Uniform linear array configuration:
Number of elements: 4
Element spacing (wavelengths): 1
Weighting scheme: binomial
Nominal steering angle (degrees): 60
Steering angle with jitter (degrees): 61.185
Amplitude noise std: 0.05
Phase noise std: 0.05

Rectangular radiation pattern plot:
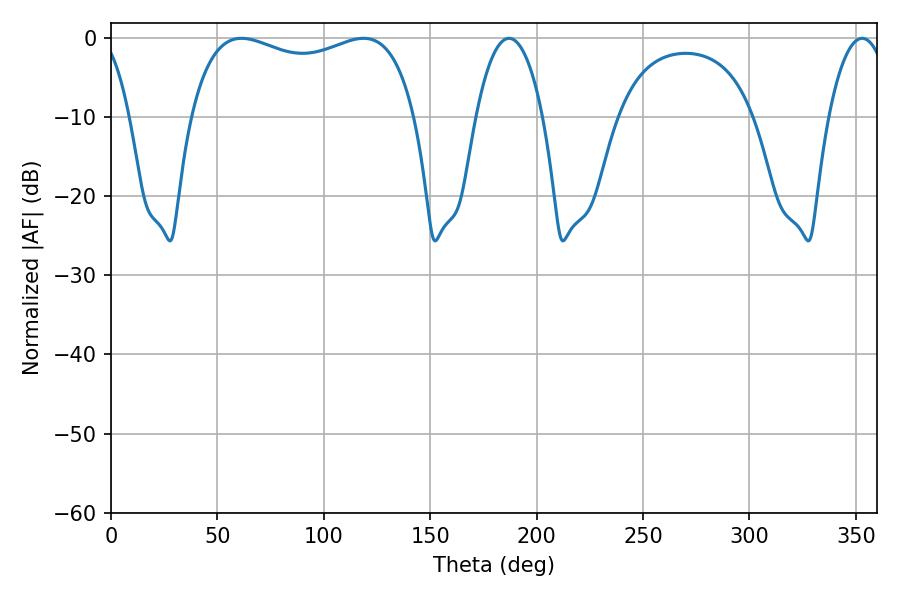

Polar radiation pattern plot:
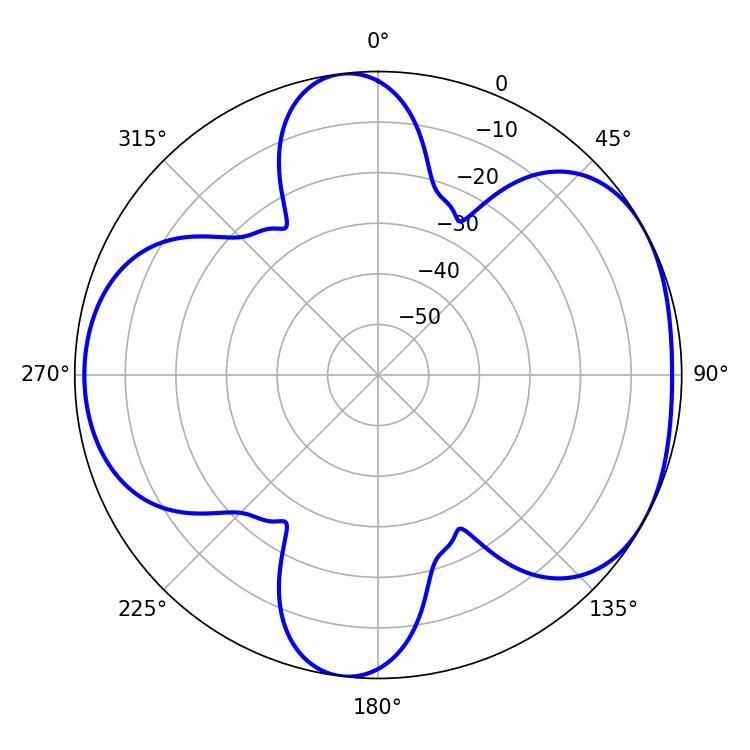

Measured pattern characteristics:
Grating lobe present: TRUE
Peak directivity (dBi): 5.066
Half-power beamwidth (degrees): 17.46
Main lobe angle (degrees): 187.02